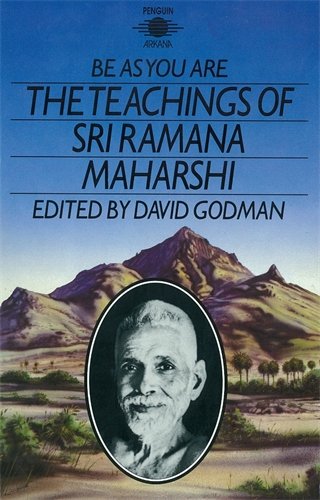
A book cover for Be as You Are: The Teachings of Sri Ramana Maharshi (Compass); Sri Ramana Maharshi; Religion & Spirituality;